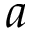
a